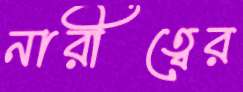
নারীত্বের